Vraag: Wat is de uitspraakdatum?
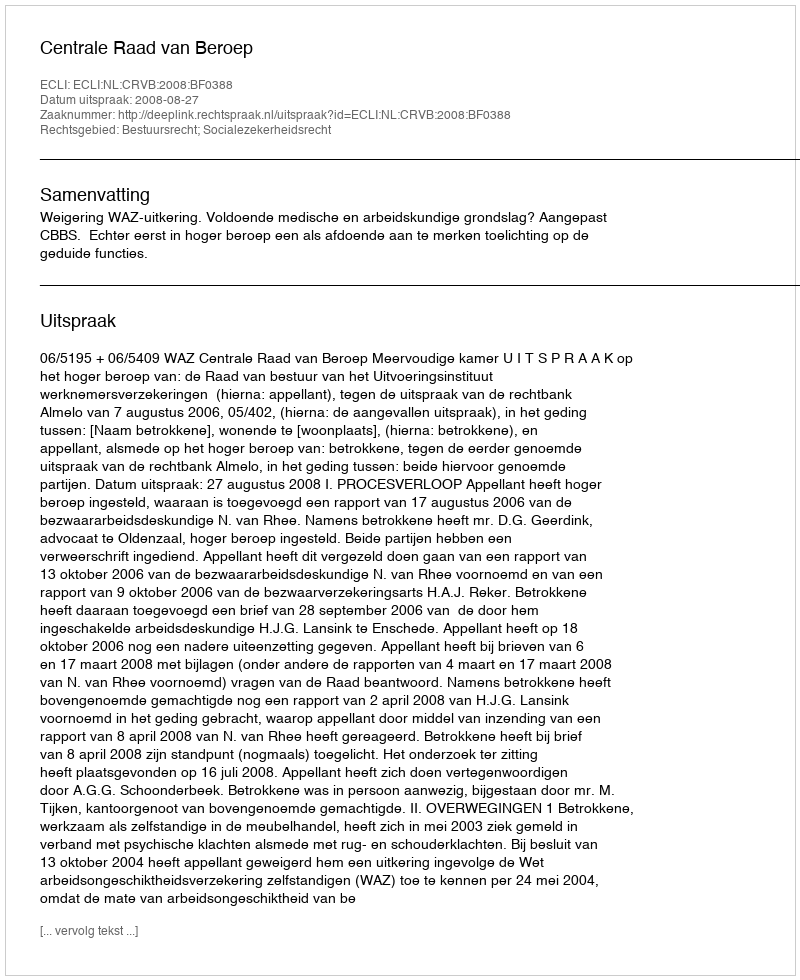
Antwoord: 2008-08-27